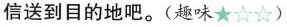
信送到目的地吧。(趣味★☆☆)